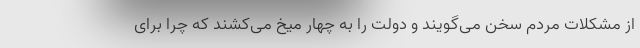
از مشکلات مردم سخن می‌گویند و دولت را به چهار میخ می‌کشند که چرا برای